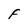
Character: F